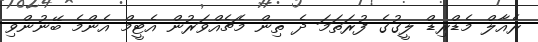
ރެއާލް މެޑްރިޑް ލީގުގެ ފުރަތަމަ ދެ ތިން މެޗެއްވަރުން އެޓީމް އެންމެ ބޭނުންވި